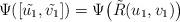
LaTeX: \begin{align*} \Psi([\tilde{u_1},\tilde{v_1}])=\Psi\big(\tilde{R}(u_1,v_1)\big)\end{align*}